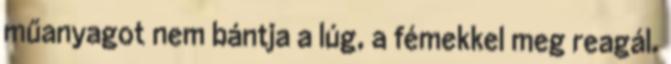
műanyagot nem bántja a lúg, a fémekkel meg reagál.